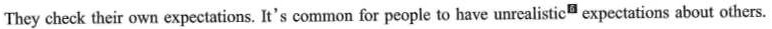
They check their own expectations. It's common for people to have unrealistic^{5} expectations about others.